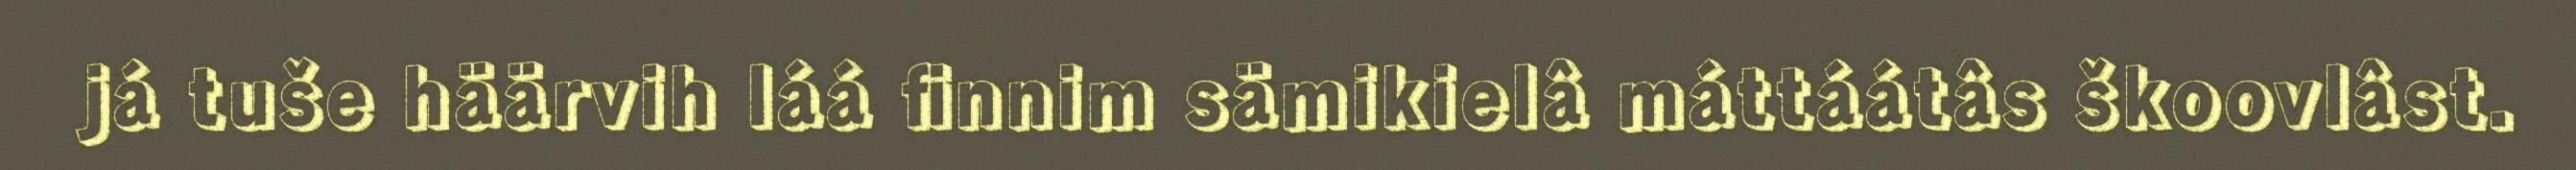
já tuše häärvih láá finnim sämikielâ máttáátâs škoovlâst.